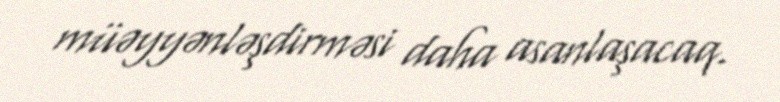
müəyyənləşdirməsi daha asanlaşacaq.